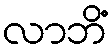
လာဘိံ